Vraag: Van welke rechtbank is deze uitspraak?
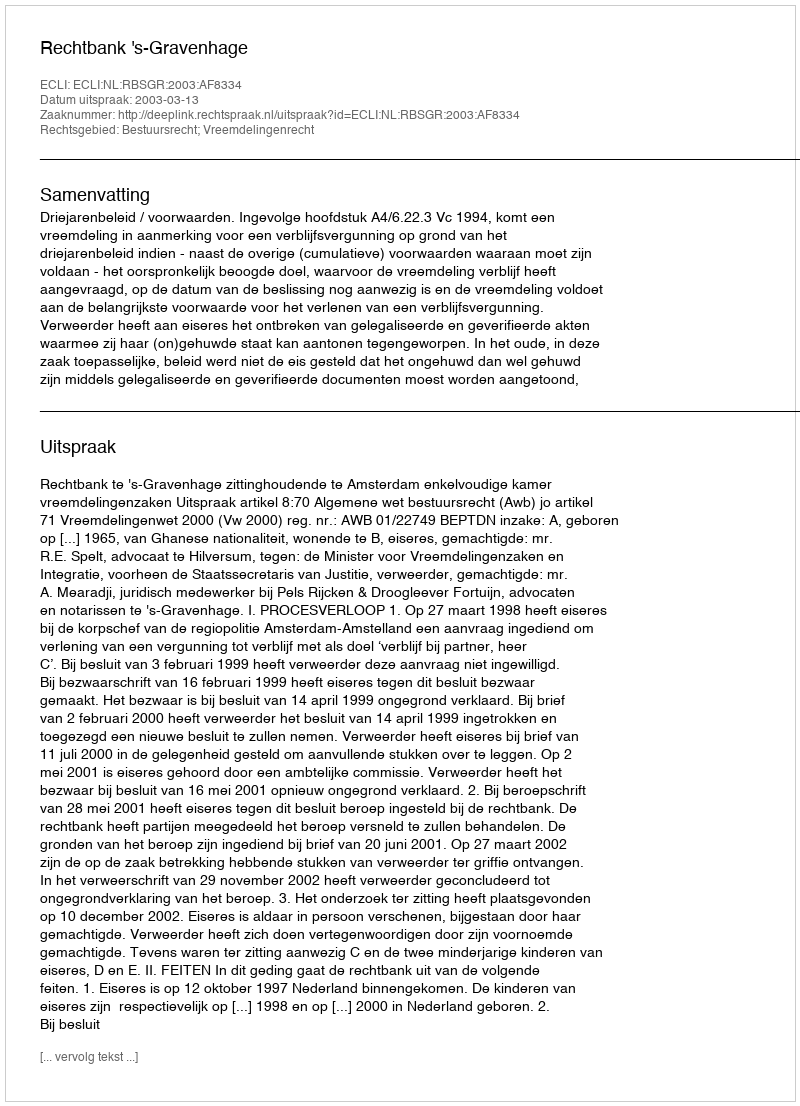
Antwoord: Rechtbank 's-Gravenhage